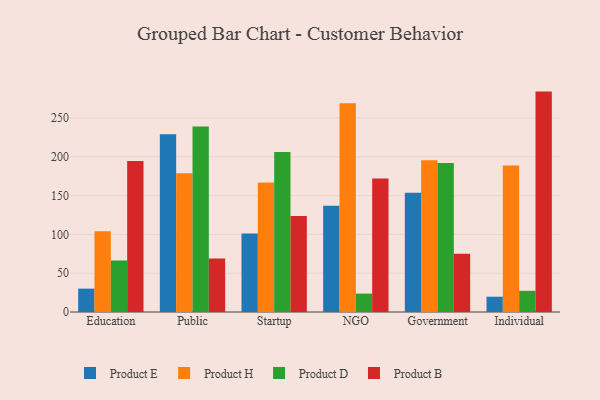
{"axis": {"x": "Segment", "y": "Gross Profit (USD K)"}, "legend": ["Product B", "Product D", "Product E", "Product H"], "data": [{"x": "Education", "y": 30.1, "type": "Product E"}, {"x": "Education", "y": 104.0, "type": "Product H"}, {"x": "Education", "y": 66.5, "type": "Product D"}, {"x": "Education", "y": 194.6, "type": "Product B"}, {"x": "Public", "y": 229.2, "type": "Product E"}, {"x": "Public", "y": 178.7, "type": "Product H"}, {"x": "Public", "y": 239.2, "type": "Product D"}, {"x": "Public", "y": 69.1, "type": "Product B"}, {"x": "Startup", "y": 101.2, "type": "Product E"}, {"x": "Startup", "y": 166.8, "type": "Product H"}, {"x": "Startup", "y": 206.3, "type": "Product D"}, {"x": "Startup", "y": 123.8, "type": "Product B"}, {"x": "NGO", "y": 137.1, "type": "Product E"}, {"x": "NGO", "y": 269.0, "type": "Product H"}, {"x": "NGO", "y": 23.7, "type": "Product D"}, {"x": "NGO", "y": 172.0, "type": "Product B"}, {"x": "Government", "y": 153.7, "type": "Product E"}, {"x": "Government", "y": 195.6, "type": "Product H"}, {"x": "Government", "y": 192.0, "type": "Product D"}, {"x": "Government", "y": 75.1, "type": "Product B"}, {"x": "Individual", "y": 19.7, "type": "Product E"}, {"x": "Individual", "y": 189.0, "type": "Product H"}, {"x": "Individual", "y": 27.3, "type": "Product D"}, {"x": "Individual", "y": 284.1, "type": "Product B"}]}